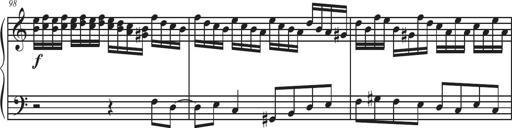
Title: Sonatina Espania
Composer: Jerald Franklin Archer
Key: Various